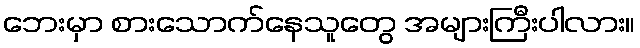
ဘေးမှာ စားသောက်နေသူတွေ အများကြီးပါလား။